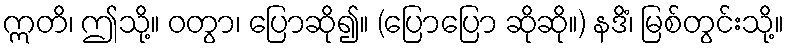
ဣတိ၊ ဤသို့။ ဝတွာ၊ ပြောဆို၍။ (ပြောပြော ဆိုဆို။) နဒိံ၊ မြစ်တွင်းသို့။